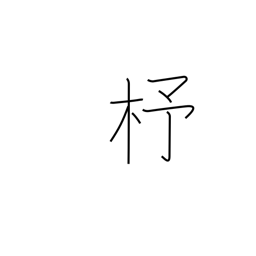
Meaning: shuttle